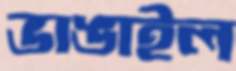
ভাঙাইল